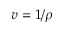
v = 1 / \rho